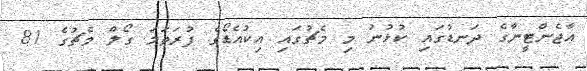
އާޖެންޓީނާގެ ދަނޑުގައި ކުޅުނު މި މެޗުގައި އިކުއެޑޯގެ ފުރަތަމަ ގޯލް މެޗުގެ 81